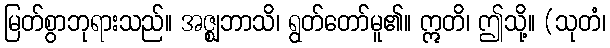
မြတ်စွာဘုရားသည်။ အဇ္ဈဘာသိ၊ ရွတ်တော်မူ၏။ ဣတိ၊ ဤသို့။ (သုတံ၊